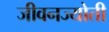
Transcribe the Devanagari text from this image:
जीवनज्योती